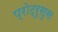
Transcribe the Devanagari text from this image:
प्रोट्रुसुस